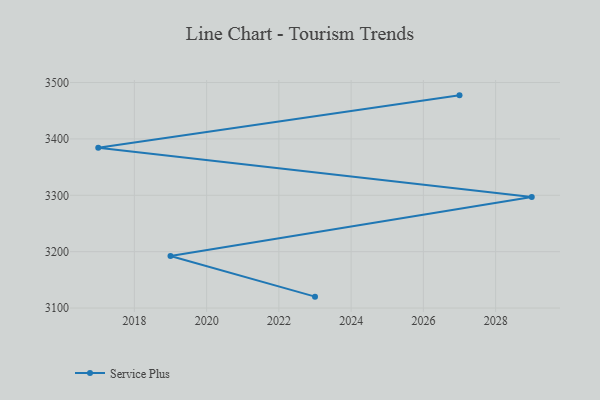
{"axis": {"x": "Year", "y": "Inventory Turnover"}, "legend": ["Service Plus"], "data": [{"x": "2023", "y": 3120.2, "type": "Service Plus"}, {"x": "2019", "y": 3192.4, "type": "Service Plus"}, {"x": "2029", "y": 3296.8, "type": "Service Plus"}, {"x": "2017", "y": 3384.4, "type": "Service Plus"}, {"x": "2027", "y": 3477.3, "type": "Service Plus"}]}